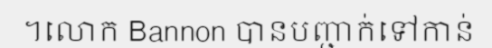
។លោក Bannon បានបញ្ជាក់ទៅកាន់